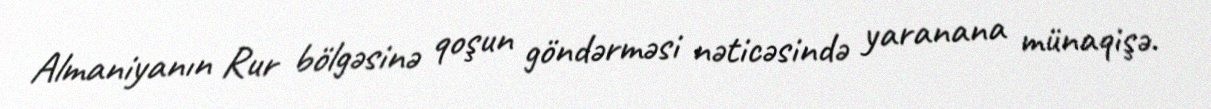
Almaniyanın Rur bölgəsinə qoşun göndərməsi nəticəsində yaranana münaqişə.